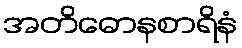
အတိဓောနစာရိနံ